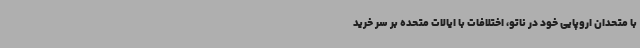
با متحدان اروپایی خود در ناتو،‌ اختلافات با ایالات متحده بر سر خرید